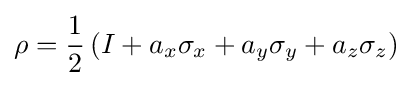
\rho ={\frac {1}{2}}\left(I+a_{x}\sigma _{x}+a_{y}\sigma _{y}+a_{z}\sigma _{z}\right)